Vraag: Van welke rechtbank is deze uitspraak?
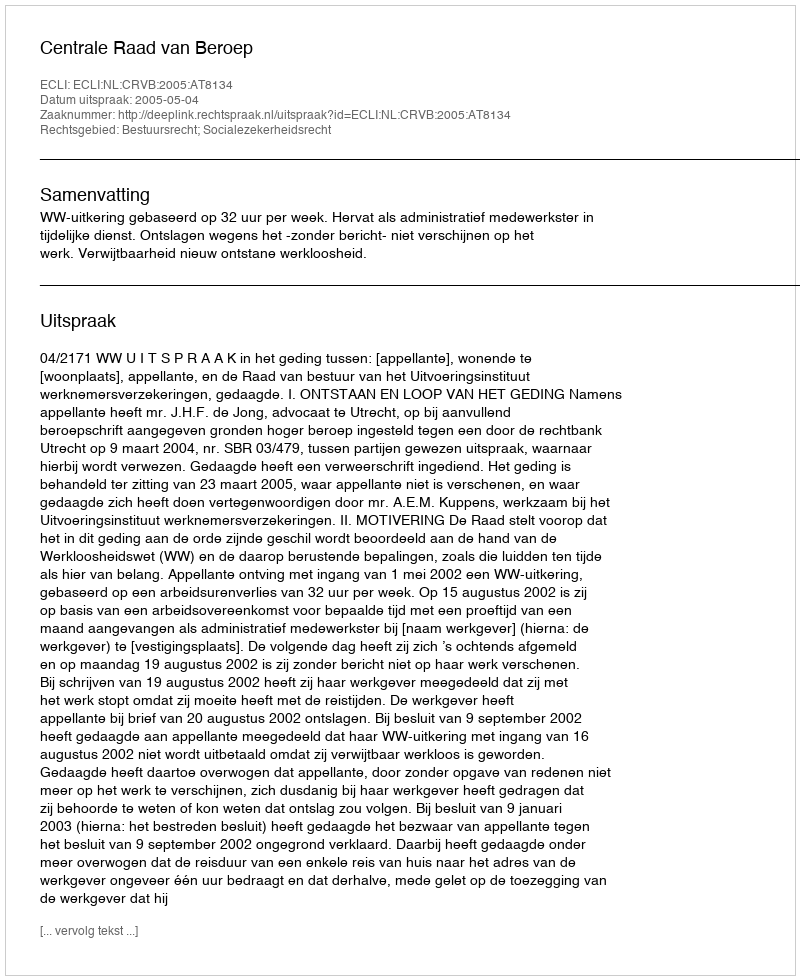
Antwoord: Centrale Raad van Beroep